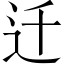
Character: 迁